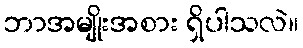
ဘာအမျိုးအစား ရှိပါသလဲ။